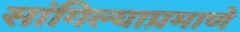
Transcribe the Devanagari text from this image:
सांगिल्याप्रमाणे